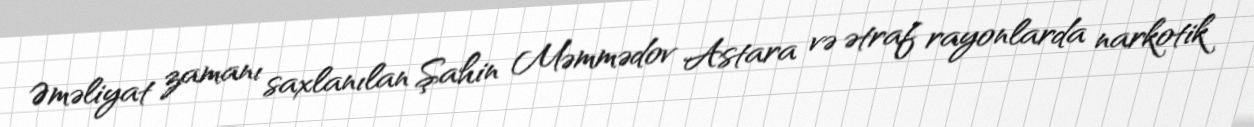
Əməliyat zamanı saxlanılan Şahin Məmmədov Astara və ətraf rayonlarda narkotik